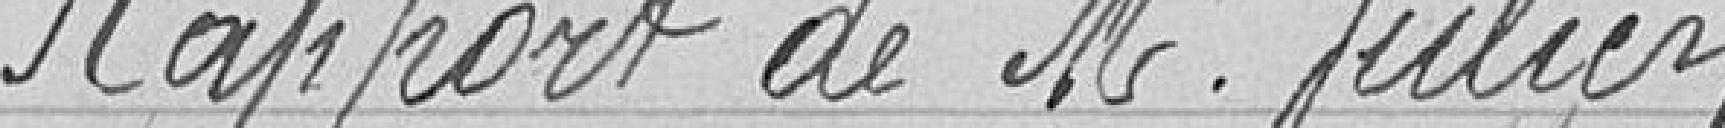
Rapport de M. Julien